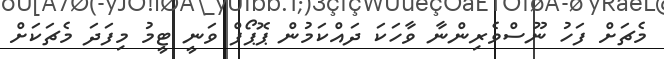
މެޗަށް ފަހު ނޫސްވެރިންނާ ވާހަކަ ދައްކަމުން ޕޮޕޯފް ވަނީ ޓީމު މިފަދަ މެޗަކަށް